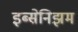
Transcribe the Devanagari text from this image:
इब्सेनिझम